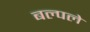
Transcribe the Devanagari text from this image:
बल्पले